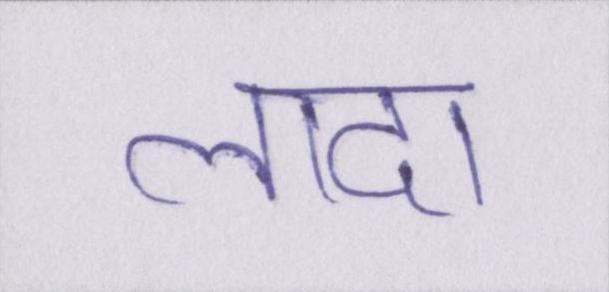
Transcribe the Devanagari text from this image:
लादा